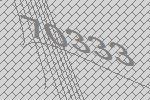
70333